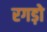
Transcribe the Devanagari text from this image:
रगड़ो